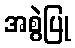
အစွဲပြု